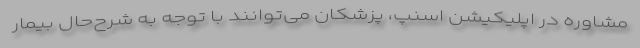
مشاوره در اپلیکیشن اسنپ، پزشکان می‌توانند با توجه به شرح‌حال بیمار